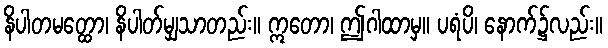
နိပါတမတ္ထော၊ နိပါတ်မျှသာတည်း။ ဣတော၊ ဤဂါထာမှ။ ပရံပိ၊ နောက်၌လည်း။